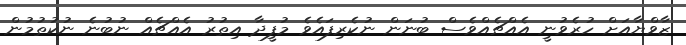
ޒާވްޔާއަށް ހުރެވުނީ އެއްޗެއްވެސް ބުނަން ނުކެރިފައެވެ މުފީދާ އިތުރު އެއްޗެއް ނުބުނެ ނުކުތުމުން